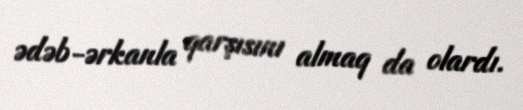
ədəb-ərkanla qarşısını almaq da olardı.